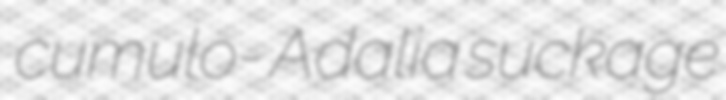
cumulo- Adalia suckage